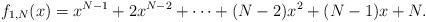
LaTeX: \begin{align*}f_{1,N}(x)=x^{N-1}+2x^{N-2}+\cdots +(N-2)x^{2}+(N-1)x+N.\end{align*}